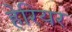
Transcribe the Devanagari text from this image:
हेरियर